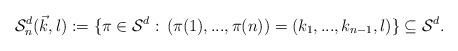
LaTeX: \begin{align*}\mathcal{S}_n^d(\vec{k},l) := \{\pi\in\mathcal{S}^d:\, (\pi(1),...,\pi(n))=(k_1,...,k_{n-1},l)\} \subseteq \mathcal{S}^d.\end{align*}